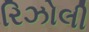
રિઝોલી